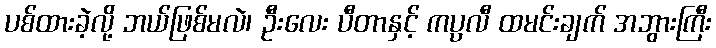
ပစ်ထားခဲ့လို့ ဘယ်ဖြစ်မလဲ၊ ဦးလေး ပီတာနှင့် ကပ္ပလီ ထမင်းချက် အဘွားကြီး